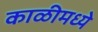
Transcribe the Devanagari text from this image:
काळीमध्ये